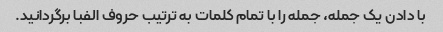
با دادن یک جمله، جمله را با تمام کلمات به ترتیب حروف الفبا برگردانید.